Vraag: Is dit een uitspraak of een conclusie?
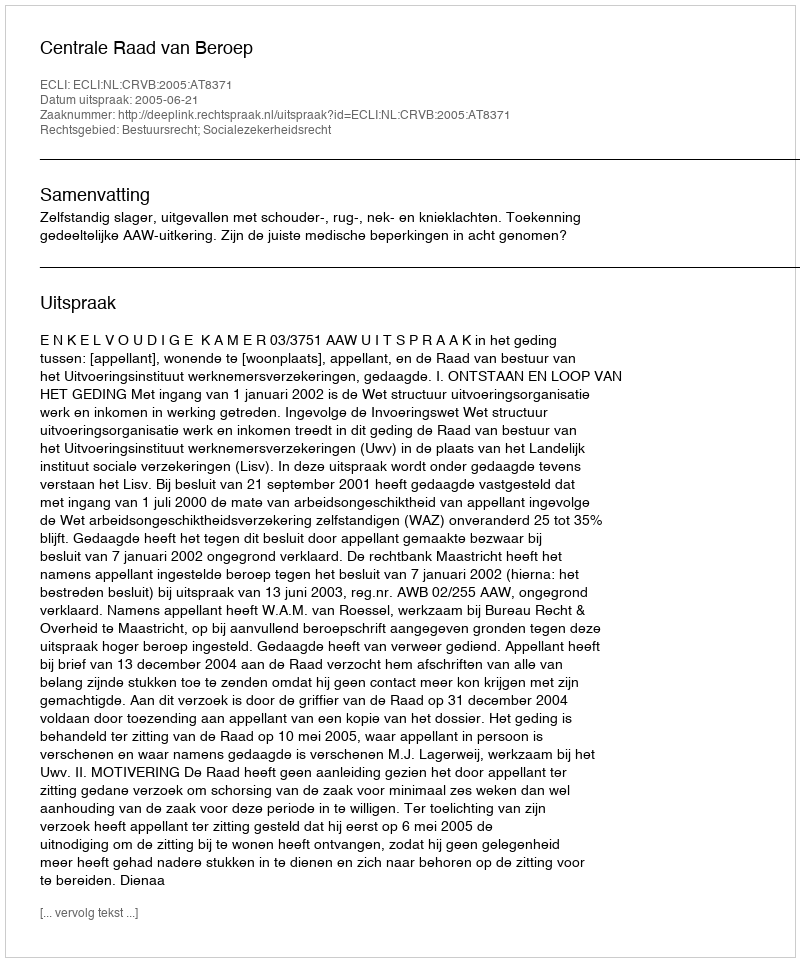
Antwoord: Uitspraak